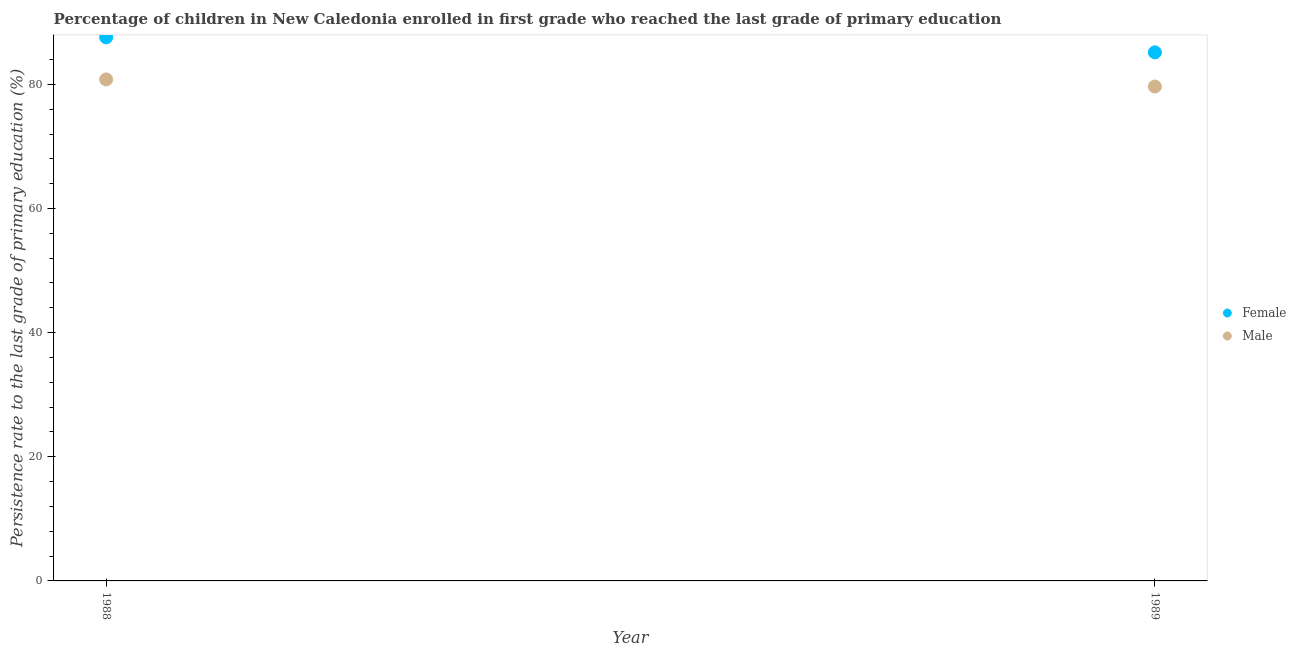
| Year | Female | Male |
 | --- | --- | --- |
 | 1988 | 87.6 | 80.8 |
 | 1989 | 85.2 | 79.7 |